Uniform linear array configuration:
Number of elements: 8
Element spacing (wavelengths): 0.25
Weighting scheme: uniform
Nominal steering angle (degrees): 30
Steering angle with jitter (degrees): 30.298
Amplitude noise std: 0.05
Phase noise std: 0.05

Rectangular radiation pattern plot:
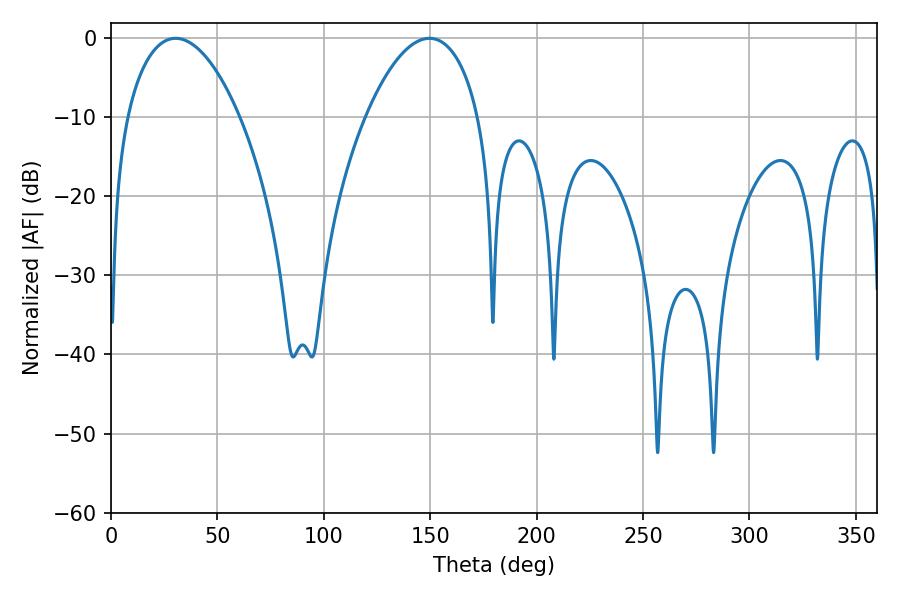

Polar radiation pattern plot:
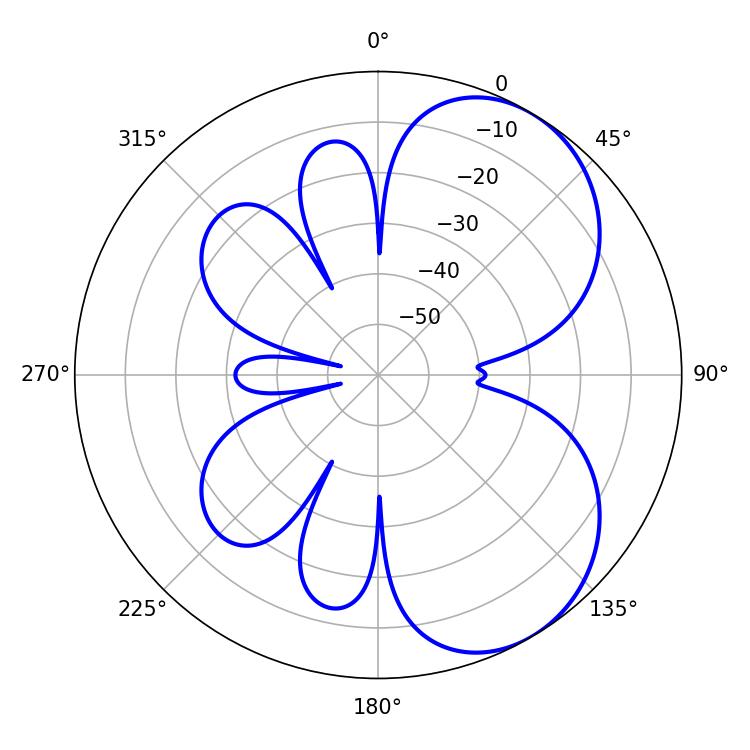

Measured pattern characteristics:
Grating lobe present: FALSE
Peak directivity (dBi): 5.554
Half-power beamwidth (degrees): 29.88
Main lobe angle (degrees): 30.42